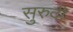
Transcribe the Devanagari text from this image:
सुरुदी